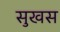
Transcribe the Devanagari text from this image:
सुखस